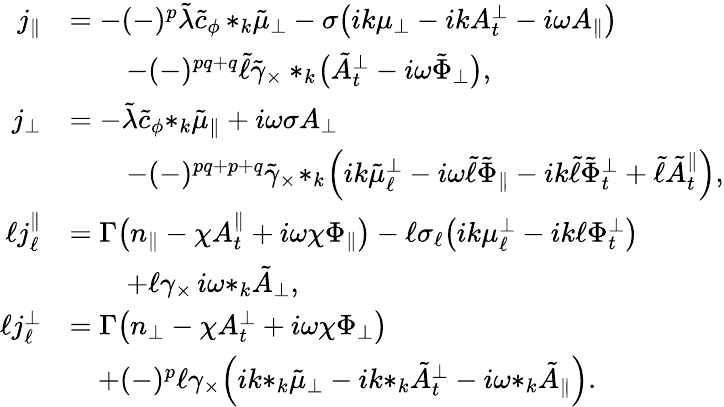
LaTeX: \begin{array}{rl}{j_{\| }}&{=-(-)^{p}\tilde{\lambda}\tilde{c}_{\phi}\, {*_{k}\tilde{\mu}_{\perp}}-\sigma\big(ik{\mu_{\perp}}-ikA_{t}^{\perp}-i\omega A_{\| }\big)}\\ &{\qquad-(-)^{pq+q}\tilde{\ell}\tilde{\gamma}_{\times}*_{k}\! \big(\tilde{A}_{t}^{\perp}-i\omega\tilde{\Phi}_{\perp}\big),}\\ {j_{\perp}}&{=-\tilde{\lambda}\tilde{c}_{\phi}{*_{k}\tilde{\mu}_{\| }}+i\omega\sigma A_{\perp}}\\ &{\qquad-(-)^{pq+p+q}\tilde{\gamma}_{\times}\! *_{k}\! \left(ik{\tilde{\mu}_{\ell}^{\perp}}-i\omega\tilde{\ell}\tilde{\Phi}_{\| }-ik\tilde{\ell}\tilde{\Phi}_{t}^{\perp}+\tilde{\ell}{\tilde{A}_{t}^{\| }}\right),}\\ {\ell j_{\ell}^{\| }}&{=\Gamma\big(n_{\| }-\chi A_{t}^{\| }+i\omega\chi\Phi_{\| }\big)-\ell\sigma_{\ell}\big(ik\mu_{\ell}^{\perp}-ik\ell\Phi_{t}^{\perp}\big)}\\ &{\qquad+\ell\gamma_{\times}\, i\omega{*_{k}\tilde{A}_{\perp}},}\\ {\ell j_{\ell}^{\perp}}&{=\Gamma\big(n_{\perp}-\chi A_{t}^{\perp}+i\omega\chi\Phi_{\perp}\big)}\\ &{\quad+(-)^{p}\ell\gamma_{\times}\! \left(ik{*_{k}\tilde{\mu}_{\perp}}-ik{*_{k}\tilde{A}_{t}^{\perp}}-i\omega{*_{k}\tilde{A}_{\| }}\right).}\end{array}